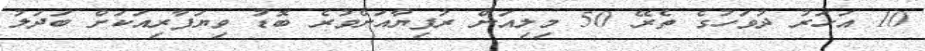
10 އަހަރު ދުވަހުގެ ތެރޭ 50 މިލިއަން ރުފިޔާއަށްވުރެ ބޮޑު ވިޔަފާރިއަކަށް ބަދަލު